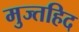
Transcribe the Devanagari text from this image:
मुज्तहिद